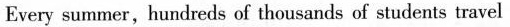
Every summer, hundreds of thousands of students travel